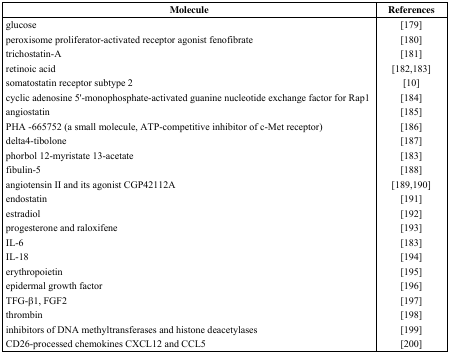
| Molecule | References |
 | --- | --- |
 | glucose | [179] |
 | peroxisome proliferator-activated receptor agonist fenofibrate | [180] |
 | trichostatin-A | [181] |
 | retinoic acid | [182,183] |
 | somatostatin receptor subtype 2 | [10] |
 | cyclic adenosine 5'-monophosphate-activated guanine nucleotide exchange factor for Rap1 | [184] |
 | angiostatin | [185] |
 | PHA -665752 (a small molecule, ATP-competitive inhibitor of c-Met receptor) | [186] |
 | delta4-tibolone | [187] |
 | phorbol 12-myristate 13-acetate | [183] |
 | fibulin-5 | [188] |
 | angiotensin II and its agonist CGP42112A | [189,190] |
 | endostatin | [191] |
 | estradiol | [192] |
 | progesterone and raloxifene | [193] |
 | IL-6 | [183] |
 | IL-18 | [194] |
 | erythropoietin | [195] |
 | epidermal growth factor | [196] |
 | TFG-β1, FGF2 | [197] |
 | thrombin | [198] |
 | inhibitors of DNA methyltransferases and histone deacetylases | [199] |
 | CD26-processed chemokines CXCL12 and CCL5 | [200] |